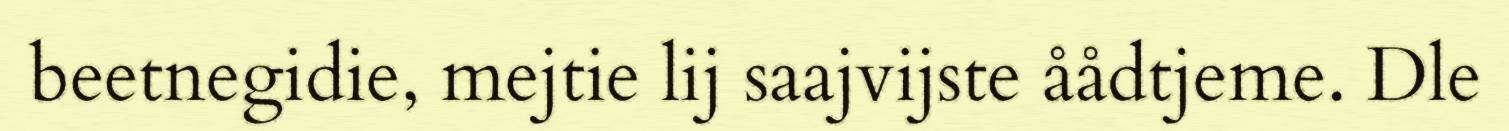
beetnegidie, mejtie lij saajvijste åådtjeme. Dle